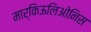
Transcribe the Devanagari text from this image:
मार्किऊलिओनिस